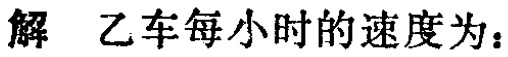
解 乙车每小时的速度为：